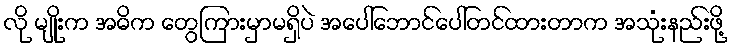
လို မျိုးက အဓိက တွေကြားမှာမရှိပဲ အပေါ်ဘောင်ပေါ်တင်ထားတာက အသုံးနည်းဖို့